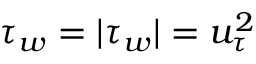
\tau _ { w } = | { \boldsymbol { \tau _ { w } } } | = u _ { \tau } ^ { 2 }